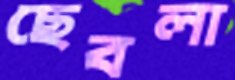
ছেবলা